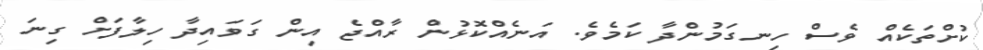
ކުށްތަކެއް ވެސް ހިނގަމުންދާ ކަމެވެ. އަނެއްކޮޅުން ރާއްޖެ އިން ގަވައިދާ ހިލާފަށް ގިނަ